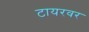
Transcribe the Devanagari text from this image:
टायरवर